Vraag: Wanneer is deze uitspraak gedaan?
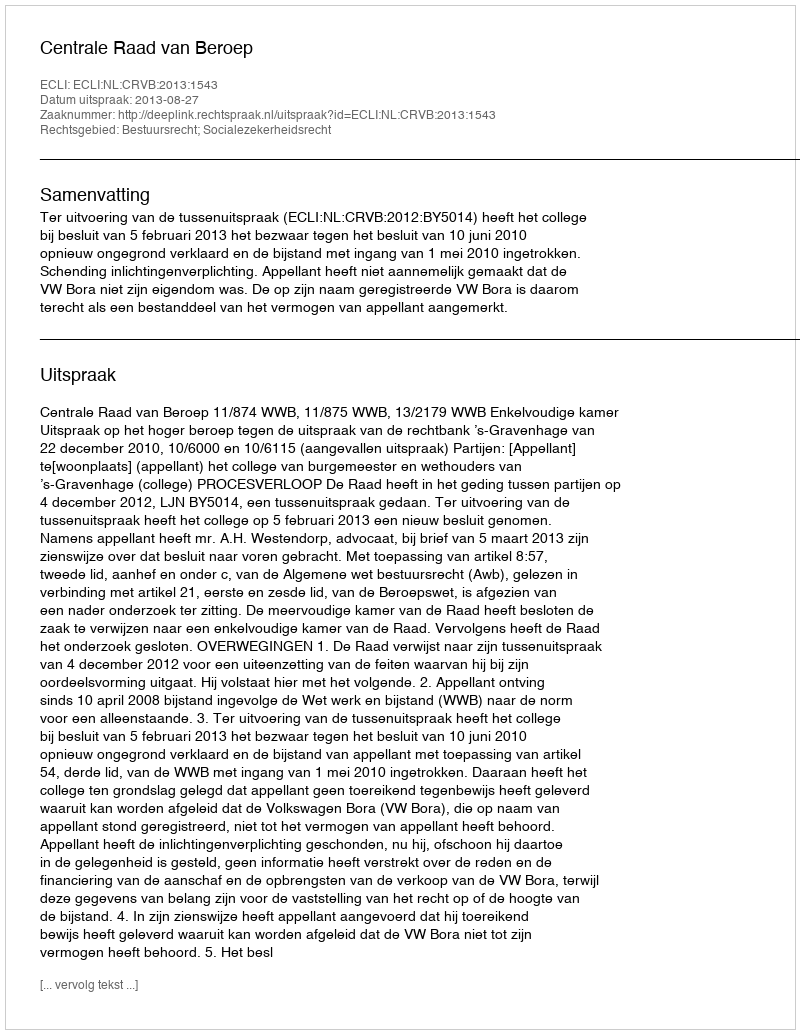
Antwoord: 2013-08-27